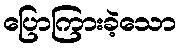
ပြောကြားခဲ့သော